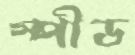
স্পীড